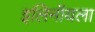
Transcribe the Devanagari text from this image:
इलिनॉयला